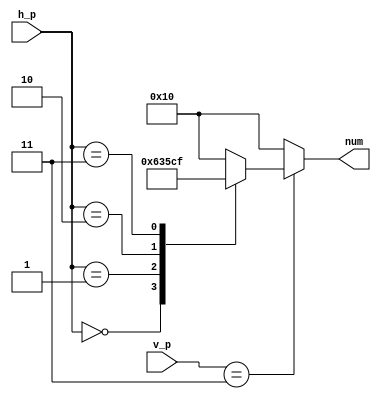
module Ps2Teclado(
    input[3:0]  h_p,
    input [3:0] v_p,
    output [4:0] num
    );
reg[4:0] valor;
assign num=valor;
always @(*)begin
if (v_p==3'd0)begin
   case (h_p)
        3'd0:valor=5'd0;
        3'd1:valor=5'd1;
        3'd2:valor=5'd2;
        3'd3:valor=5'd3;
        default : valor = 5'd16;  
        endcase
end
if (v_p==3'd1)begin
           case (h_p)
                3'd0:valor=5'd4;
                3'd1:valor=5'd5;
                3'd2:valor=5'd6;
                3'd3:valor=5'd7;
                default : valor = 5'd16;  
                endcase
 end
if (v_p==3'd2)begin
                   case (h_p)
                        3'd0:valor=5'd8;
                        3'd1:valor=5'd9;
                        3'd2:valor=5'd10;
                        3'd3:valor=5'd11;
                        default : valor = 5'd16;  
                        endcase
 end
if (v_p==3'd3)begin
                           case (h_p)
                                3'd0:valor=5'd12;
                                3'd1:valor=5'd13;
                                3'd2:valor=5'd14;
                                3'd3:valor=5'd15;
                           default : valor = 5'd16;  
                                
                                endcase 
     
end
else valor=5'd16;



end
 
endmodule